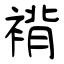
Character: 褙